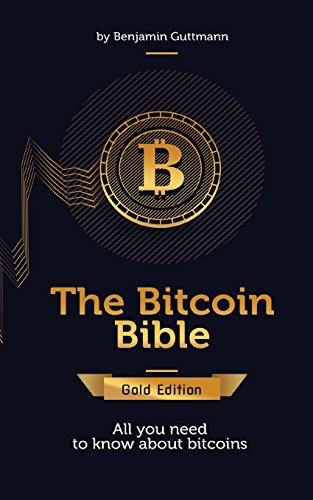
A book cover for The Bitcoin Bible Gold Edition; Benjamin Guttmann; Computers & Technology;